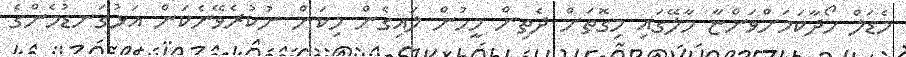
މެޑަލް ހޯދާކަމަށްވަންޏާ މާލޭގައި މިގޮތަށް ދެތިން މީހުން ލައިގެން މިކަން ނުކުރެވޭނެކަން އަޅުގަނޑުމެންގެ